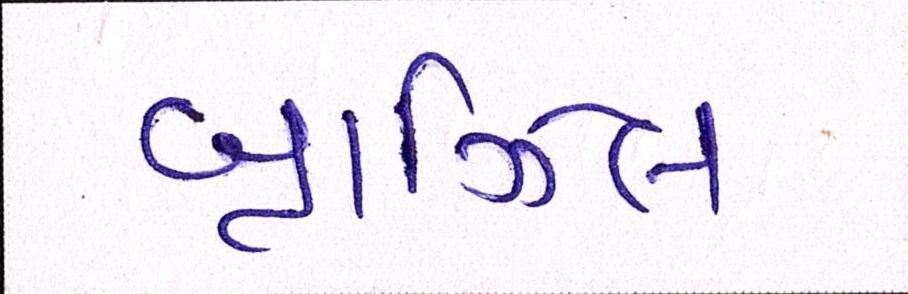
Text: બ્રાઝિલ